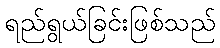
ရည်ရွယ်ခြင်းဖြစ်သည်